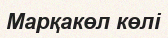
Марқакөл көлі